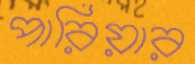
পারিয়ার